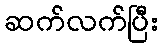
ဆက်လက်ပြီး